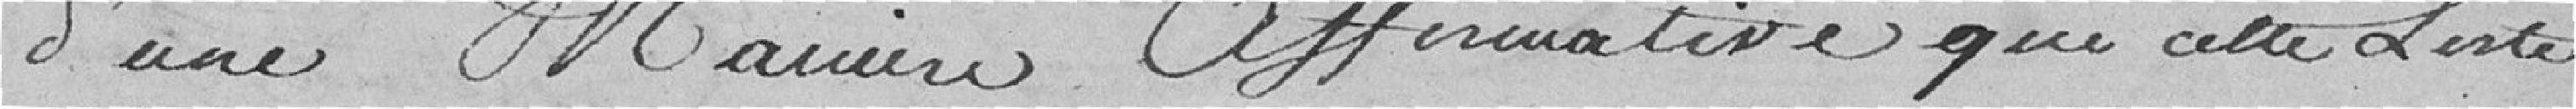
d'une manière affirmative que cette liste